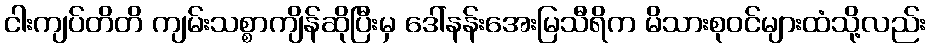
ငါးကျပ်တိတိ ကျမ်းသစ္စာကျိန်ဆိုပြီးမှ ဒေါ်နန်းအေးမြသီရိက မိသားစုဝင်များထံသို့လည်း